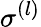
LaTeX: \sigma^{(l)}